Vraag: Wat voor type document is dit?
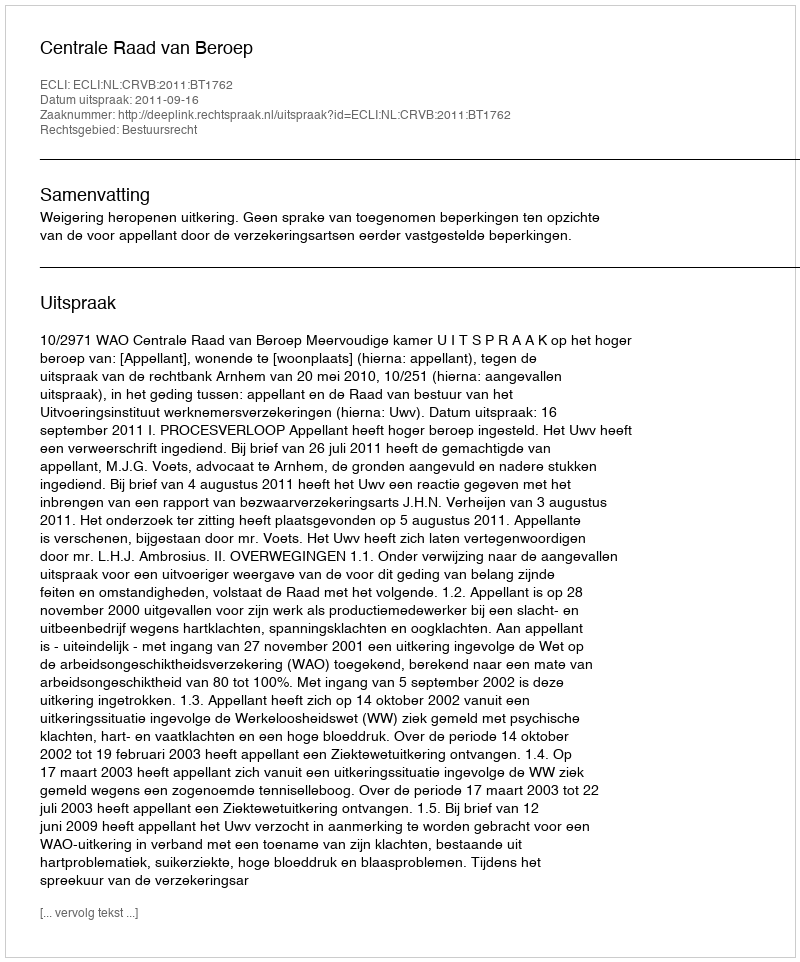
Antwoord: Uitspraak